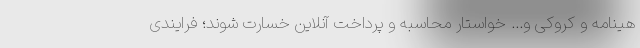
هینامه و کروکی و... خواستار محاسبه و پرداخت آنلاین خسارت شوند؛ فرایندی